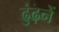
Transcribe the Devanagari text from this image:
ढुंढ़नें